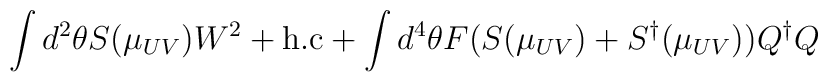
\int d^2\theta S(\mu_{UV}) W^2+{\rm h.c}+\int d^4\theta F(S(\mu_{UV})+ S^\dagger(\mu_{UV}))Q^\dagger Q